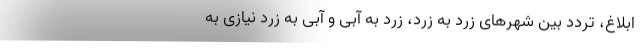
ابلاغ، تردد بین شهرهای زرد به زرد، زرد به آبی و آبی به زرد نیازی به